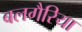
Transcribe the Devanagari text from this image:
बलगैरिया